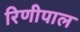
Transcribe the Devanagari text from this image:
रिणीपाल